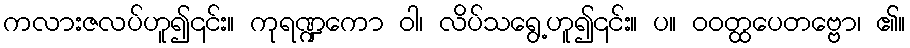
ကလားဇလပ်ဟူ၍၎င်း။ ကုရဏ္ဍကော ဝါ၊ လိပ်သရွေ့ဟူ၍၎င်း။ ပ။ ဝဝတ္ထပေတဗ္ဗော၊ ၏။